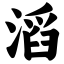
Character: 滔